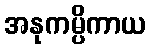
အနုကမ္ပိကာယ